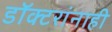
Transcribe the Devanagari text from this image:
डॉक्टरांनाही